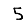
Digit: 5